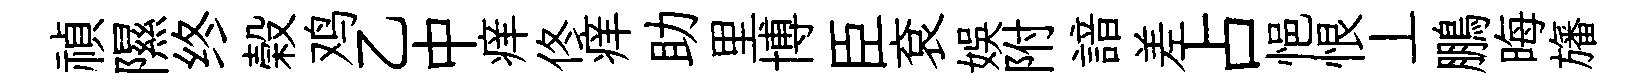
禎隰终榖鸡乙中痒佟痒助里博臣袞娱附諳差占悒恨丄鵬晦旛